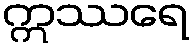
ဣဿရေ